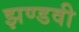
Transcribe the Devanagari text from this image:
झण्डवी